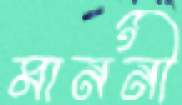
মাননী